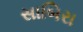
સાબિરા